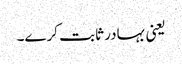
یعنی بہادر ثابت کرے۔